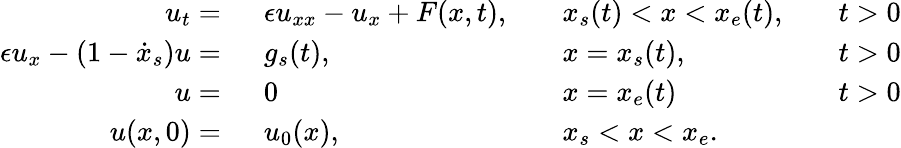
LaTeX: \begin{array}{rlrlrl}{u_{t}=\ }&{{}\epsilon u_{xx}-u_{x}+F(x,t),}&{}&{{}x_{s}(t)<x<x_{e}(t),}&{}&{{}t>0}\\ {\epsilon u_{x}-(1-\dot{x}_{s})u=\ }&{{}g_{s}(t),}&{}&{{}x=x_{s}(t),}&{}&{{}t>0}\\ {u=\ }&{{}0}&{}&{{}x=x_{e}(t)}&{}&{{}t>0}\\ {u(x,0)=\ }&{{}u_{0}(x),}&{}&{{}x_{s}<x<x_{e}.}\end{array}